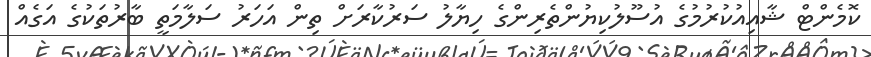
ކޮމެންޓް ޝާއިއުކުރުމުގެ އުސޫލުކިޔުންތެރިންގެ ހިޔާލު ސަރުކާރަށް ތިން އަހަރު ސަލާމަތީ ބާރުތަކުގެ އަގެއް